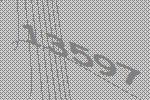
13597